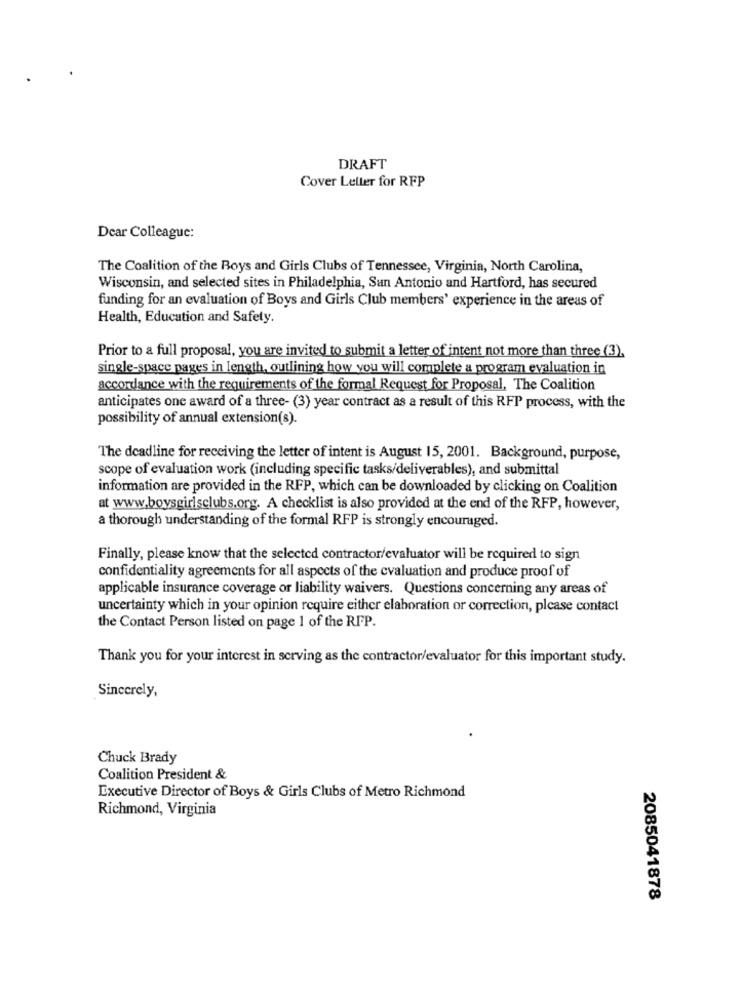
DRAFT
Cover Letter for RFP
Dear Colleague:
The Coalition of the Boys and Girls Clubs of Tennessee, Virginia, North Carolina,
Wisconsin, and selected sites in Philadelphia, San Antonio and Hartford, has secured
funding for an evaluation of Boys and Girls Club members' experience in the areas of
Health, Education and Safety.
Prior to a full proposal, you are invited to submit a letter of intent not more than three (3),
single-space pages in length, outlining how you will complete a program evaluation in
accordance with the requirements of the formal Request for Proposal, The Coalition
anticipates one award of a three- (3) year contract as a result of this RFP process, with the
possibility of annual extension(s).
The deadline for receiving the letter of intent is August 15, 2001. Background, purpose,
scope of evaluation work (including specific tasks/deliverables), and submittal
information are provided in the RFP, which can be downloaded by clicking on Coalition
at www.boysgirlsclubs.org. A checklist is also provided at the end of the RFP, however,
a thorough understanding of the formal RFP is strongly encouraged.
Finally, please know that the selected contractor/evaluator will be required to sign
confidentiality agreements for all aspects of the cvaluation and produce proof of
applicable insurance coverage or liability waivers. Questions concerning any areas of
uncertainty which in your opinion require either elaboration or correction, please contact
the Contact Person listed on page 1 of the RFP.
Thank you for your interest in serving as the contractor/evaluator for this important study.
Sincerely,
Chuck Brady
Coalition President &
Executive Director of Boys & Girls Clubs of Metro Richmond
Richmond, Virginia
2085041878